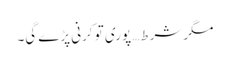
مگر شرط… پوری تو کرنی پڑے گی۔